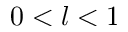
0 < l < 1